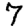
Digit: 7